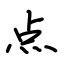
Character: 点